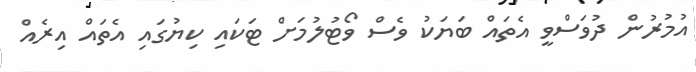
އުމުރުން ދުވަސްވީ އެތައް ބަޔަކު ވެސް ވޯޓުލުމަށް ޓަކައި ކިޔުގައި އެތައް އިރެއް